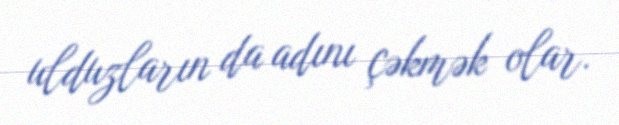
ulduzların da adını çəkmək olar.